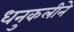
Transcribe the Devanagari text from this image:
धनुकलीने